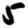
Digit: 5